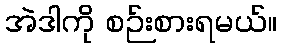
အဲဒါကို စဉ်းစားရမယ်။